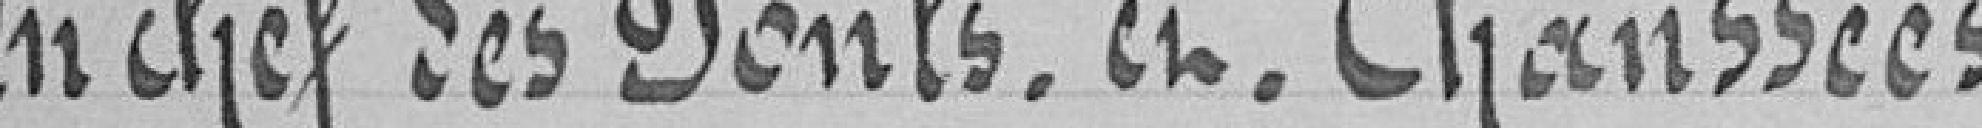
en chef des Ponts-et-Chaussées